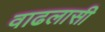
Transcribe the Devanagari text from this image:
वाढलासी